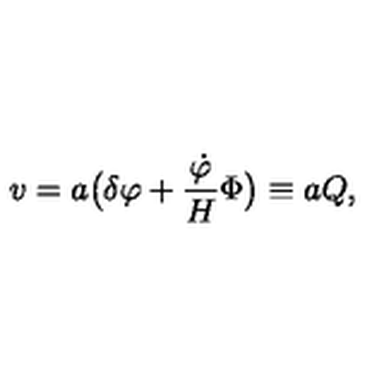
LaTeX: v = a \bigl ( \delta \varphi + { \frac { { \dot { \varphi } } } { H } } \Phi \bigr ) \equiv a Q ,